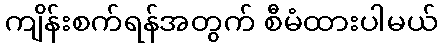
ကျိန်းစက်ရန်အတွက် စီမံထားပါမယ်